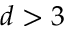
d > 3